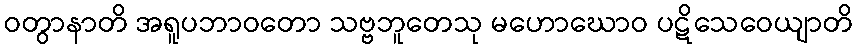
ဝတွာနာတိ အရူပဘာဝတော သဗ္ဗဘူတေသု မဟောဃောဝ ပဋိသေဝေယျာတိ